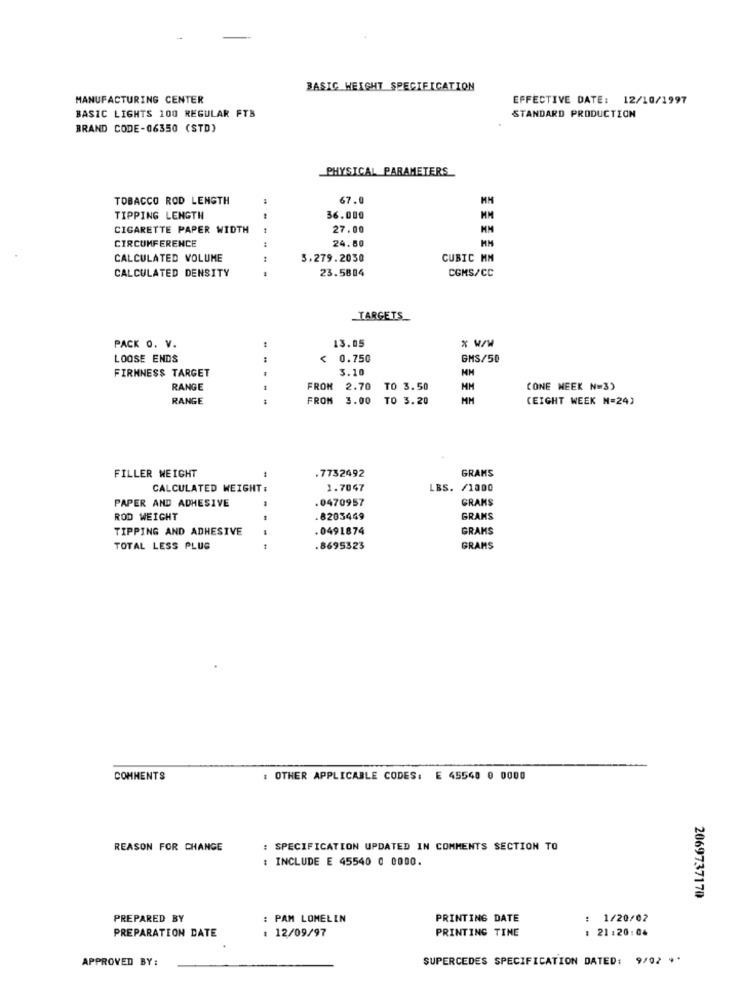
BASIC WEIGHT SPECIFICATION
MANUFACTURING CENTER
EFFECTIVE DATE: 12/10/1997
BASIC LIGHTS 100 REGULAR FTB
STANDARD PRODUCTION
BRAND CODE-06350 (STD)
PHYSICAL PARAMETERS
TOBACCO ROD LENGTH
67.0
TIPPING LENGTH
36.000
CIGARETTE PAPER WIDTH
27.00
CIRCUMFERENCE
:
24.50
MM
CALCULATED VOLUME
3.279.2030
CUBIC MM
CALCULATED DENSITY
23.5884
CGMS/CC
TARGETS_
13.05
* w/W
PACK O. V.
LOOSE ENDS
0.750
GMS/50
FIRMNESS TARGET
3.10
MM
RANGE
FROM
2.70 TO 3.50
MM
CONE WEEK N=3)
RANGE
FROM
3.00 TO 3.20
(EIGHT WEEK N=24)
GRAMS
FILLER WEIGHT
.7732492
CALCULATED WEIGHT:
1.7047
LBS. /1000
PAPER AND ADHESIVE
.0470957
GRAMS
ROD WEIGHT
.8203469
GRANS
TIPPING AND ADHESIVE
.0491874
GRAMS
TOTAL LESS PLUS
.8695323
GRAMS
COMMENTS
: OTHER APPLICABLE CODES: E 45548 0 0000
REASON FOR CHANGE
: SPECIFICATION UPDATED IN COMMENTS SECTION TO
: INCLUDE E 45540 0 0000.
2069737170
PREPARED BY
: PAM LOMELIN
PRINTING DATE
: 1/20/02
PREPARATION DATE
: 12/09/97
PRINTING TINE
: 21:20:06
APPROVED BY:
SUPERCEDES SPECIFICATION DATED: 9/02 9*